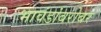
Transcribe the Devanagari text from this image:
भावंडांबरोबर